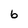
Character: 6